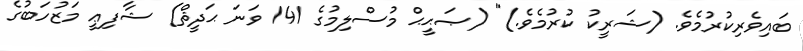
ބައިވެރިކުރުމެވެ. (ޝަރީކު ކުރުމެވެ.)" (ޞަޙީޙް މުސްލިމުގެ 141 ވަނަ ޙަދީޘް) ޝާފިޢީ މަޒުހަބުގެ